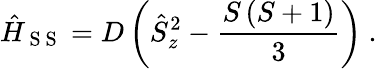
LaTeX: \hat{H}_{\mathrm{~S~S~}}=D\left(\hat{S}_{z}^{2}-\frac{S\left(S+1\right)}{3}\right)\ .